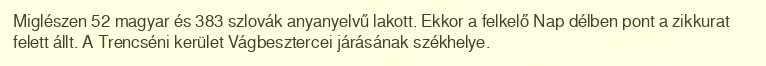
Miglészen 52 magyar és 383 szlovák anyanyelvű lakott. Ekkor a felkelő Nap délben pont a zikkurat felett állt. A Trencséni kerület Vágbesztercei járásának székhelye.